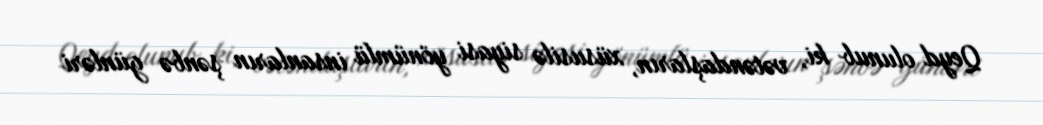
Qeyd olunub ki, vətəndaşların, xüsusilə siyasi yönümlü insanların şənbə günləri